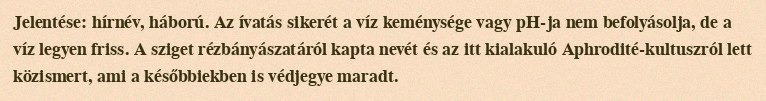
Jelentése: hírnév, háború. Az ívatás sikerét a víz keménysége vagy pH-ja nem befolyásolja, de a víz legyen friss. A sziget rézbányászatáról kapta nevét és az itt kialakuló Aphrodité-kultuszról lett közismert, ami a későbbiekben is védjegye maradt.